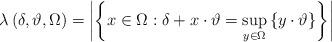
LaTeX: \begin{align*}\lambda\left( \delta,\vartheta,\Omega\right) =\left\vert \left\{ x\in\Omega:\delta+x\cdot\vartheta=\sup_{y\in\Omega}\left\{ y\cdot\vartheta\right\} \right\} \right\vert \end{align*}